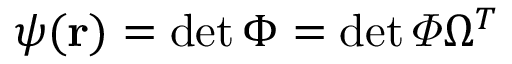
\psi ( { \mathbf { r } } ) = \operatorname* { d e t } \Phi = \operatorname* { d e t } \varPhi \Omega ^ { T }